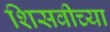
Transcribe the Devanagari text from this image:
शिसवीच्या